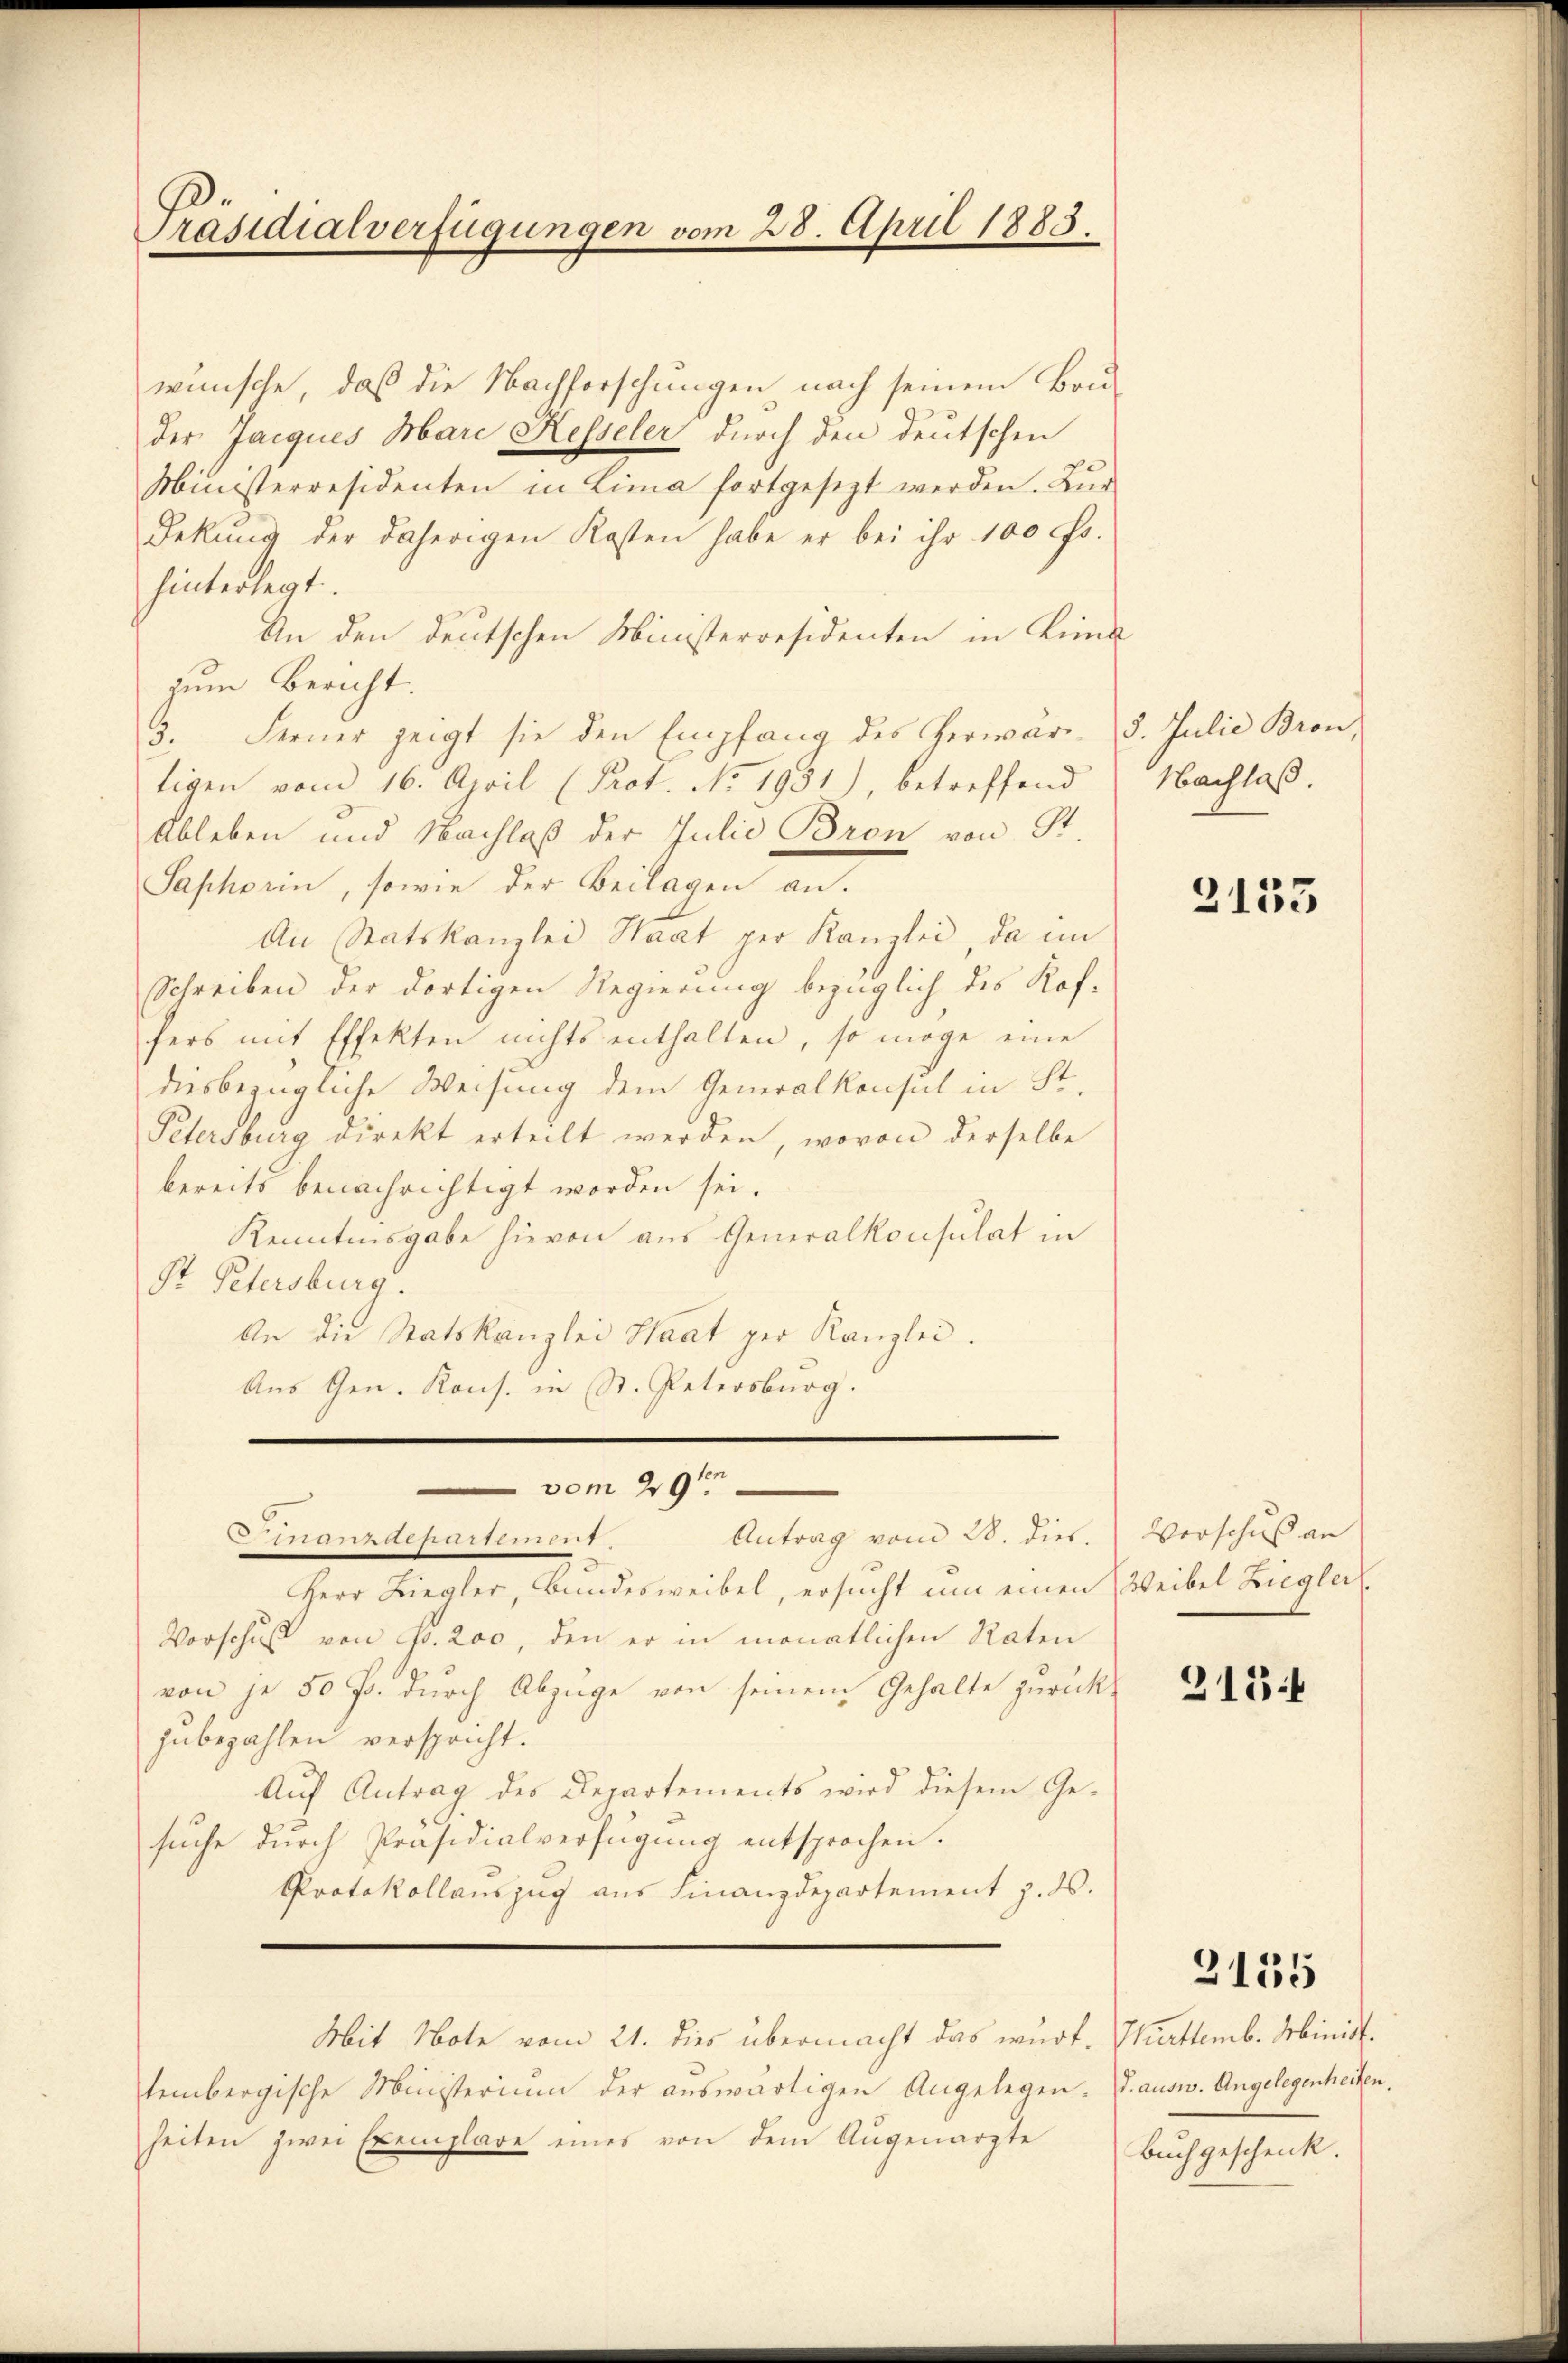
Präsidialverfügungen vom 28. April 1883.

wünsche, daß die Nachforschungen nach seinem Bru-
der Jacques Mare Kesseler durch den deutschen
Ministerresidenten in Lima fortgesezt werden. Zür
Dekŭng der daherigen Kosten habe er bei ihr 100 Fr.
hinterlegt.
An den deutschen Ministerresidenten in Lina
zum Bericht.
3. Ferner zeigt sie den Empfang des Gerwar- 5. Julie Bron,
tigen vom 16. April (Prot. No 1951), betreffend
Ableben und Nachlaß der Julie Bron von St.
Saphorin, sowie der Beilagen an.
An Statskanzlei Haat per Kanzlei, da im
Schreiben der dortigen Regierung bezüglich des Koffers mit Effekten nichts enthalten, so möge eine
diesbezügliche Weisung dem Generalkonsul in St.
Petersburg direkt erteilt werden, wovon derselbe
bereits benachrichtigt worden sei.
Kenntnisgabe hievon aus Generalkonsulat in
St. Petersburg.
An die Statskanzlei Staat per Kanzlei.
Aus Gen. Kons. in St. Petersburg.
.

vom 29ten
Antrag vom 28. dies.
Finanzdepartement.

Herr Liegler, Bundesweibel, ersucht um einen Weibel Ziegler
Vorschuß von Fr. 200, den er in monatlichen Raten
von je 50 J. durch Abzüge von seinem Gehalte zurück-
zubezahlen verspricht.
Auf Antrag des Departements wird diesem Ge-
suche durch Präsidialverfügung entsprochen.
Protokollauszug aus Finanzdepartement z. B.
Mit Note vom 21. dies übermacht das wurf. Warttemb. Minist.
tembergische Ministerium der auswärtigen Angelegen. J. ausw. Angelegenheiten.
heiten zwei Exemplare eines von dem Augenarzte

Nachlaß.

2153

Verschuß an

2154

2135

Buch geschenk.